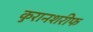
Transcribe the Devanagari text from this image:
कुरानशरीफ